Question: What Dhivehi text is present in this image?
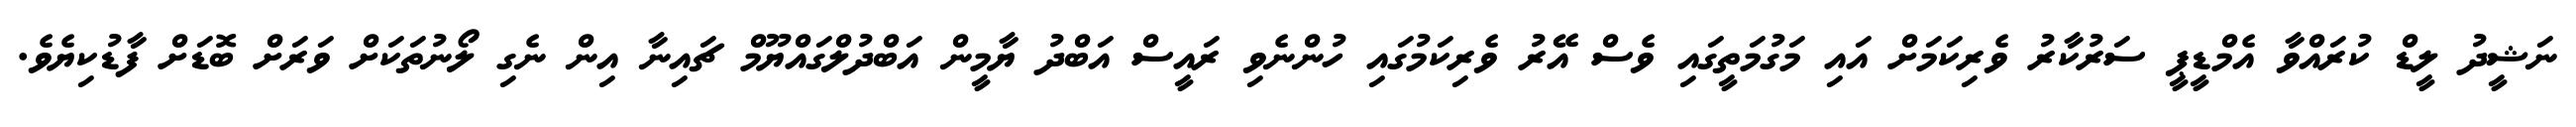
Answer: ނަޝީދު ލީޑް ކުރައްވާ އެމްޑީޕީ ސަރުކާރު ވެރިކަމަށް އައި މަގުމަތީގައި ވެސް އޭރު ވެރިކަމުގައި ހުންނެވި ރައީސް އަބްދު ޔާމީން އަބްދުލްގައްޔޫމް ޗައިނާ އިން ނެގި ލޯނުތަކަށް ވަރަށް ބޮޑަށް ފާޑުކިޔެވެ.